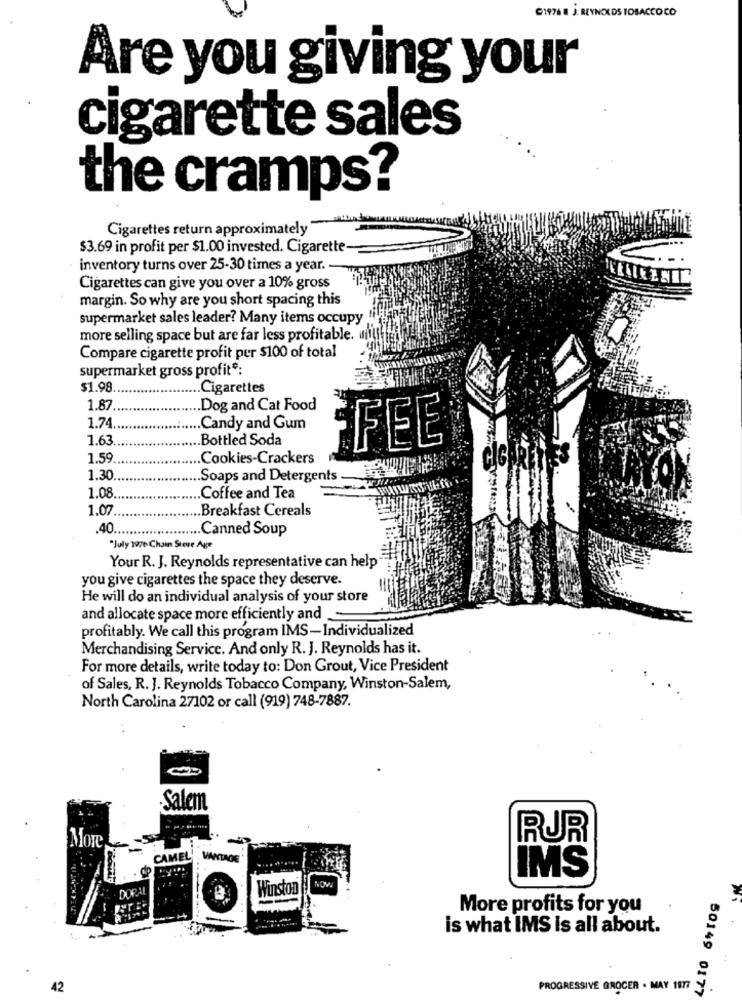
G1976 8 J. REYNOLDS TOBACCO CO
Are you giving your
cigarette sales
the cramps?
Cigarettes return approximately
$3.69 in profit per $1.00 invested. Cigarette-
inventory turns over 25-30 times a year ..
Cigarettes can give you over a 10% gross
margin. So why are you short spacing this
supermarket sales leader? Many items occupy
more selling space but are far less profitable. u
Compare cigarette profit per $100 of total
supermarket gross profit *:
$1.98
Cigarettes
1.87.
.Dog and Cat Food
1.74.
Candy and Gum
1.63
.Bottled Soda
FEE
1.59
Cookies-Crackers
CIG RENES
1.30
Soaps and Detergents .
1.08
Coffee and Tea
1.07
Breakfast Cereals
.40 ...
Canned Soup
"July 1976 Chain Store Age
Your R. J. Reynolds representative can help
you give cigarettes the space they deserve.
He will do an individual analysis of your store
and allocate space more efficiently and
profitably. We call this program IMS-Individualized
Merchandising Service. And only R. J. Reynolds has it.
For more details, write today to: Don Grout, Vice President
of Sales, R. J. Reynolds Tobacco Company, Winston-Salem,
North Carolina 27102 or call (919) 748-7887.
-Salem
RUR
More
CAMEL
VANTAGE
IMS
DORAL
Winston
More profits for you
is what IMS is all about.
42
PROGRESSIVE GROCER . MAY 1977
50149 0177